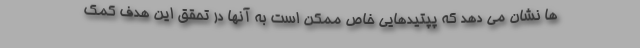
ها نشان می دهد که پپتیدهایی خاص ممکن است به آنها در تحقق این هدف کمک